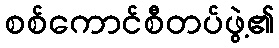
စစ်ကောင်စီတပ်ဖွဲ့၏